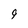
Character: 9